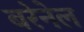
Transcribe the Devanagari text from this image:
बरेनेल